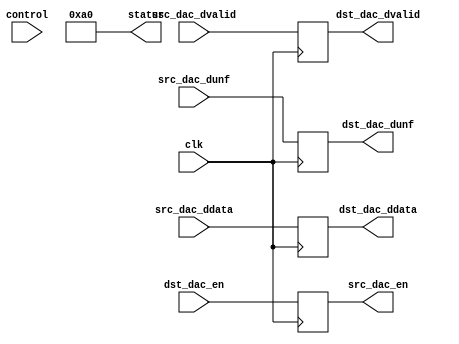
module prcfg_dac(

  clk,

  // control ports
  control,
  status,

  // FIFO interface
  src_dac_en,
  src_dac_ddata,
  src_dac_dunf,
  src_dac_dvalid,

  dst_dac_en,
  dst_dac_ddata,
  dst_dac_dunf,
  dst_dac_dvalid
);

  localparam  RP_ID       = 8'hA0;
  parameter   CHANNEL_ID  = 0;

  input             clk;

  input   [31:0]    control;
  output  [31:0]    status;

  output            src_dac_en;
  input   [31:0]    src_dac_ddata;
  input             src_dac_dunf;
  input             src_dac_dvalid;

  input             dst_dac_en;
  output  [31:0]    dst_dac_ddata;
  output            dst_dac_dunf;
  output            dst_dac_dvalid;

  reg               src_dac_en;
  reg     [31:0]    dst_dac_ddata;
  reg               dst_dac_dunf;
  reg               dst_dac_dvalid;

  assign status = {24'h0, RP_ID};

  always @(posedge clk) begin
    src_dac_en     <= dst_dac_en;
    dst_dac_ddata  <= src_dac_ddata;
    dst_dac_dunf   <= src_dac_dunf;
    dst_dac_dvalid <= src_dac_dvalid;
  end
endmodule